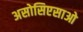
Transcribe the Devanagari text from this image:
असोसिएसाओ